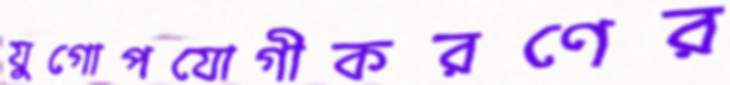
যুগোপযোগীকরণের